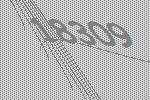
18309